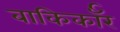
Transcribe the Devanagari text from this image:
बाकिर्कॉर